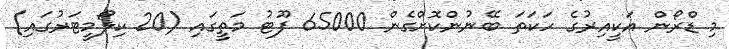
މި ޑްރޯން އަކީއިރުގެ ހަކަތަ ބޭނުންކޮށްގެން 65000 ފޫޓު މަތީގައި (20 ކިލޯމީޓަރުގައި)